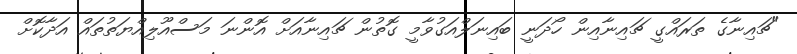
"ޗައިނާގެ ތަރައްގީ ޗައިނާއިން ހޯދަނީ ބައިނަލްއަގުވާމީ ގޮތުން ޗައިނާއަށް އޮންނަ މަސްއޫލިއްޔަތުތައް އަދާކޮށް